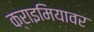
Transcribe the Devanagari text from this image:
क्राइमियावर